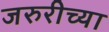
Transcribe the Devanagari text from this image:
जरुरीच्या